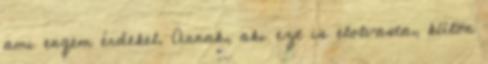
ami engem érdekel. Annak, aki ezt is elolvasta, külön